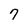
Character: 7